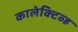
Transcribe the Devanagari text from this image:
कालेक्टिव्ह